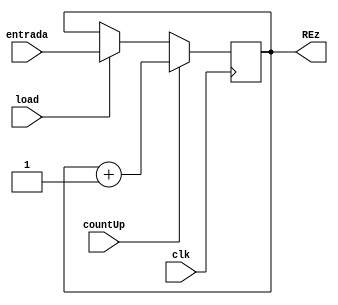
module upCounter(entrada, load, countUp, clk, REz); //Cuenta hacia arriba.

// Entradas
input[7:0] entrada; 
input load, countUp, clk; // Bit de carga, de suma y seal de reloj.

// Registros
output reg [7:0] REz; // Es la salida.

// Cdigo
always @(posedge clk) begin
    REz <= (load == 1'b1) ? entrada : REz;
 
    if (countUp) begin
        REz <= REz + 1;
    end

end

endmodule